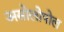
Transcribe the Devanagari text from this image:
असोलोपोल